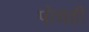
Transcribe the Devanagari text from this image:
पोचही